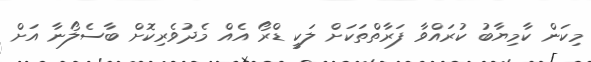
މިކަން ކާމިޔާބު ކުރައްވާ ފަރާތްތަކަށް ލަކީ ޑްރޯ އެއް މެދުވެރިކޮށް ބާސެލޯނާ އަށް